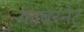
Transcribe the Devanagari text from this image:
काबरनेट